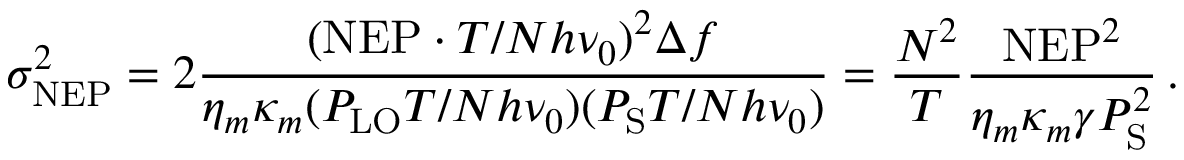
\sigma _ { \mathrm { N E P } } ^ { 2 } = 2 \frac { ( \mathrm { N E P } \cdot T / N h \nu _ { 0 } ) ^ { 2 } \Delta f } { \eta _ { m } \kappa _ { m } ( P _ { \mathrm { L O } } T / N h \nu _ { 0 } ) ( P _ { \mathrm { S } } T / N h \nu _ { 0 } ) } = \frac { N ^ { 2 } } { T } \frac { \mathrm { N E P } ^ { 2 } } { \eta _ { m } \kappa _ { m } \gamma P _ { \mathrm { S } } ^ { 2 } } \, .